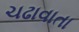
ચઢાવાતા